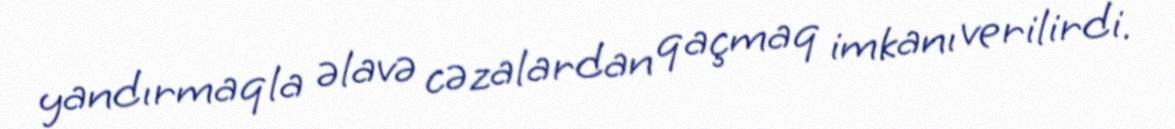
yandırmaqla əlavə cəzalardan qaçmaq imkanı verilirdi.